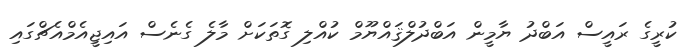
ކުރީގެ ރައީސް އަބްދު ޔާމީން އަބްދުލްޤައްޔޫމް ކުއްލި ގޮތަކަށް މާލެ ގެނެސް އައިޖީއެމްއެޗްގައި